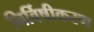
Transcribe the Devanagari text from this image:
निर्विषीकरण